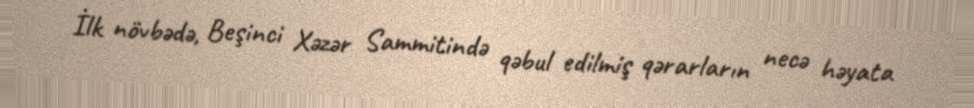
İlk növbədə, Beşinci Xəzər Sammitində qəbul edilmiş qərarların necə həyata